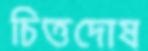
চিত্তদোষ